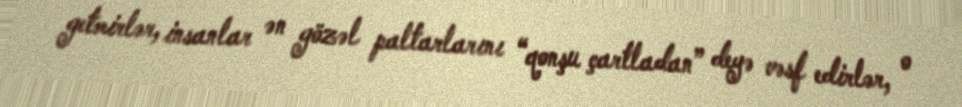
getmirlər, insanlar ən gözəl paltarlarını “qonşu çartladan” deyə vəsf edirlər, o